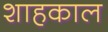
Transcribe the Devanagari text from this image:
शाहकाल